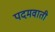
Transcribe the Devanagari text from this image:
पदमवाती